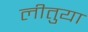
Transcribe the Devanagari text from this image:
लीतुया